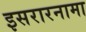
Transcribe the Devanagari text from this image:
इसरारनामा